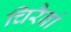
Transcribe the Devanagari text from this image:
चिरैबां